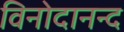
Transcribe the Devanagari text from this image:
विनोदानन्द